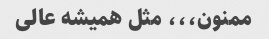
ممنون،،، مثل همیشه عالی